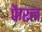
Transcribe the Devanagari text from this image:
फैरल